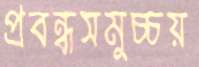
প্রবন্ধসমুচ্চয়